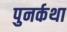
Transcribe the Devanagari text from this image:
पुनर्कथा